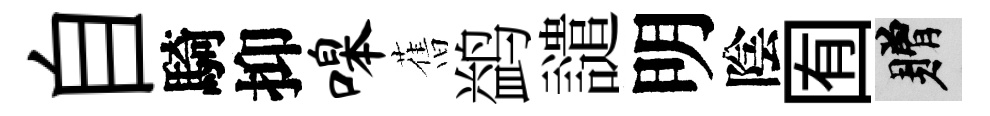
自騎抑嗥𦾔鹢譴明陰囿贈